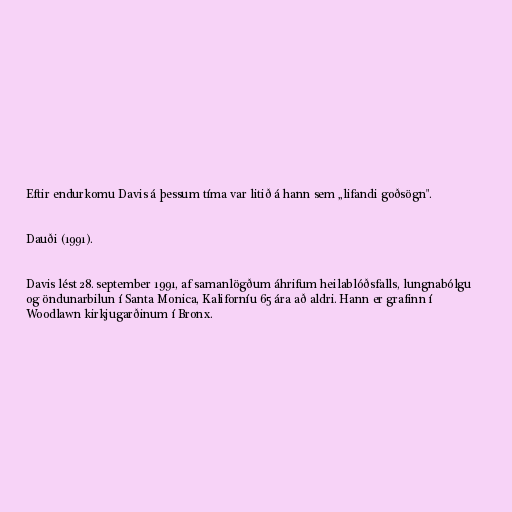
Eftir endurkomu Davis á þessum tíma var litið á hann sem „lifandi goðsögn".

Dauði (1991).

Davis lést 28. september 1991, af samanlögðum áhrifum heilablóðsfalls, lungnabólgu
og öndunarbilun í Santa Monica, Kaliforníu 65 ára að aldri. Hann er grafinn í
Woodlawn kirkjugarðinum í Bronx.